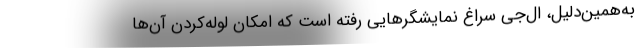
به‌همین‌دلیل، ال‌جی سراغ نمایشگرهایی رفته است که امکان لوله‌کردن آن‌ها